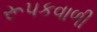
રૂપકવાળી